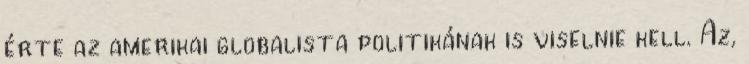
érte az amerikai globalista politikának is viselnie kell. Az,